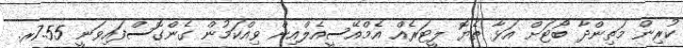
ކުރިން މަތިންދާ ބޯޓަށް އަޅާ ތެޔޮ ލީޓަރެއް އެމްއޭސީއެލްއިން ވިއްކަމުން ގެންގޮސްފައިވަނީ 7.55ރ.